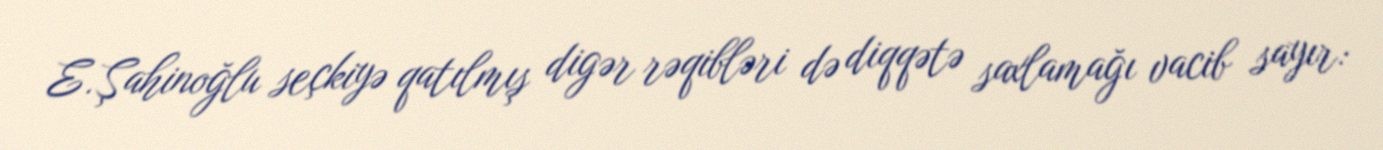
E.Şahinoğlu seçkiyə qatılmış digər rəqibləri də diqqətə saxlamağı vacib sayır: